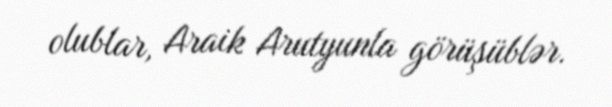
olublar, Araik Arutyunla görüşüblər.